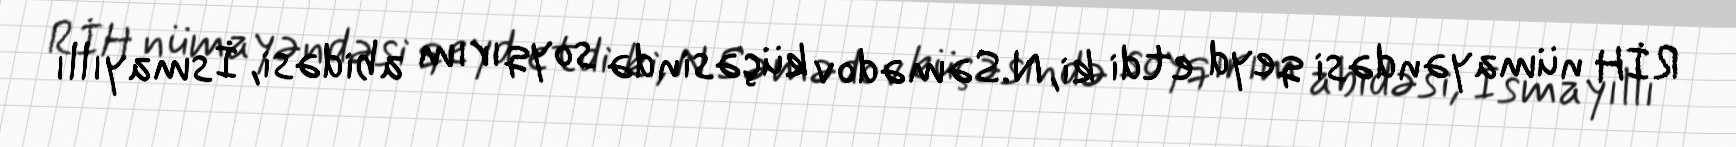
RİH nümayəndəsi qeyd etdi ki, N.Səmədov küçəsində soyqırım abidəsi, İsmayıllı